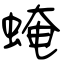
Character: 𧌄